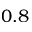
0 . 8